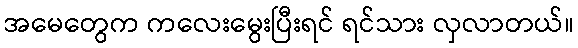
အမေတွေက ကလေးမွေးပြီးရင် ရင်သား လှလာတယ်။